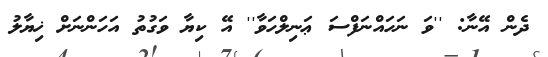
ދެން އޭނާ: ''ވަ ނަހައްނަފްސަ ޢަނިލްހަވާ'' އޭ ކިޔާ ވަގުތު އަހަންނަށް ޚިޔާލު